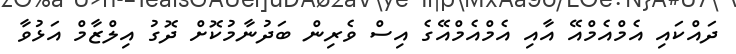
ދައްކައި އެމްއެމްއޭ އާއި އެމްއެމްއޭގެ އިސް ވެރިން ބަދުނާމުކޮށް ދޮގު އިލްޒާމް އަޅުވާ